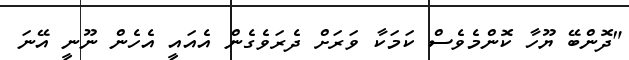
"ދޮންބޭ ޔޫހާ ކޮންމެވެސް ކަމަކާ ވަރަށް ދެރަވެގެން އެއައީ އެހެން ނޫނީ އޭނަ